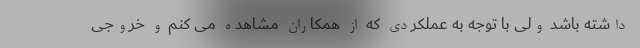
داشته باشد ولی با توجه به عملکردی که از همکاران مشاهده می کنم و خروجی